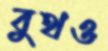
বুথও